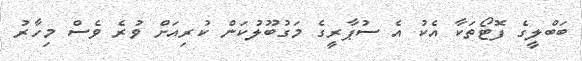
ބަބްލީގެ ފޮޓޯތަކާ އެކު އެ ސުޕާރީގެ މަގުބޫލުކަން ކުރިއަށް ވުރެ ވެސް މިހާރު